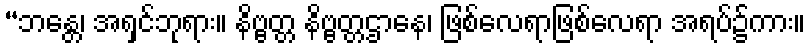
“ဘန္တေ၊ အရှင်ဘုရား။ နိဗ္ဗတ္တ နိဗ္ဗတ္တဌာနေ၊ ဖြစ်လေရာဖြစ်လေရာ အရပ်၌ကား။